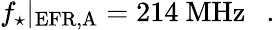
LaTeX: f_{\star}|_{\mathrm{EFR,A}}=214~\mathrm{MHz}~~\ .